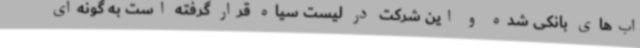
اب‌های بانکی شده و این شرکت در لیست سیاه قرار گرفته است به گونه‌ای